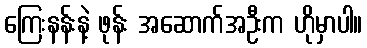
ကြေးနန်းနဲ့ ဖုန်း အဆောက်အဦးက ဟိုမှာပါ။